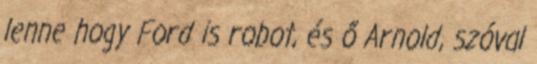
lenne hogy Ford is robot, és ő Arnold, szóval